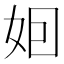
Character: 𡛸